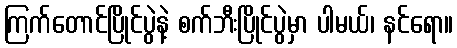
ကြက်တောင်ပြိုင်ပွဲနဲ့ စက်ဘီးပြိုင်ပွဲမှာ ပါမယ်၊ နင်ရော။